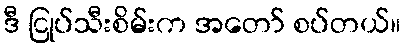
ဒီ ငြုပ်သီးစိမ်းက အတော် စပ်တယ်။